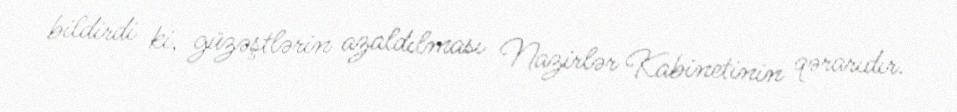
bildirdi ki, güzəştlərin azaldılması Nazirlər Kabinetinin qərarıdır.